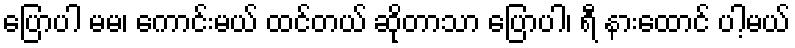
ပြောပါ မမ၊ ကောင်းမယ် ထင်တယ် ဆိုတာသာ ပြောပါ၊ ရီ နားထောင် ပါ့မယ်